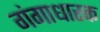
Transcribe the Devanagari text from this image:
गंगाधारक